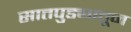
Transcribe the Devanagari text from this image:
सातपुड्यातून